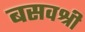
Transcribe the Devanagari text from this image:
बसवश्री